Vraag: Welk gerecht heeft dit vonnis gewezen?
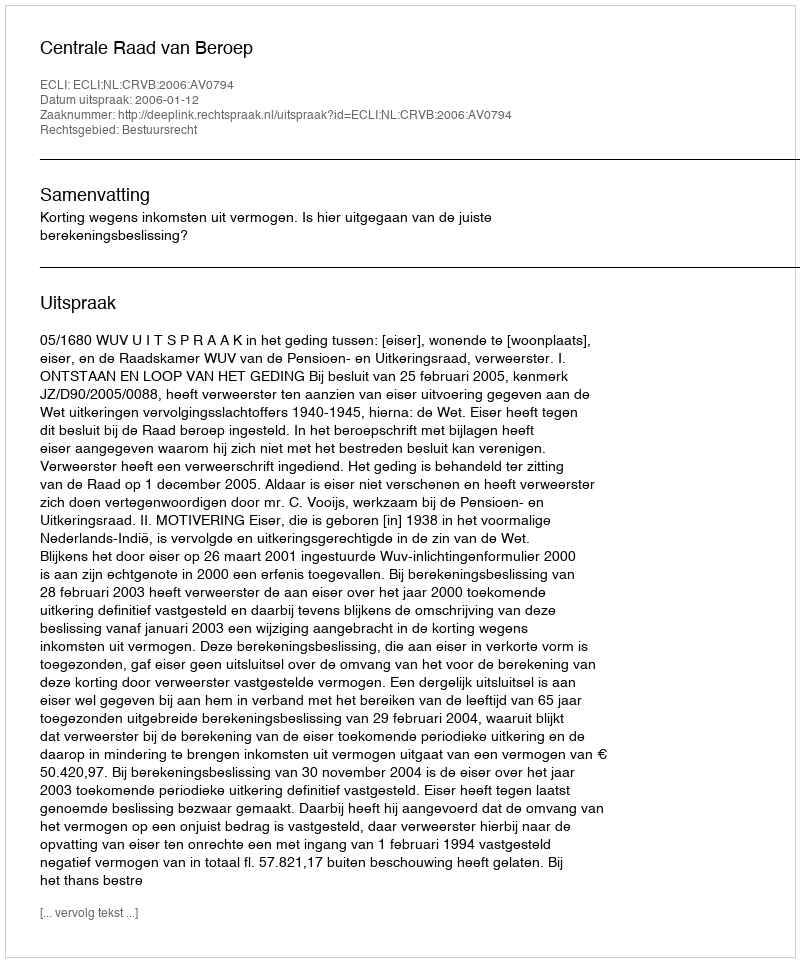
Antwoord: Centrale Raad van Beroep